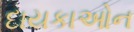
દાયકાઓન